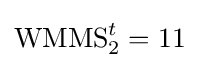
\operatorname {WMMS} _{2}^{t}=11